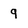
Character: 9